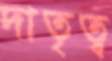
দাতৃত্ব